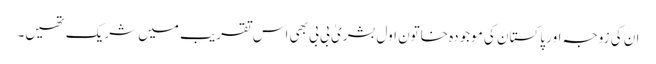
ان کی زوجہ اور پاکستان کی موجودہ خاتون اول بشریٰ بی بی بھی اس تقریب میں شریک تھیں۔